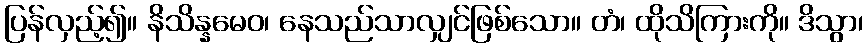
ပြန်လှည့်၍။ နိသိန္နမေဝ၊ နေသည်သာလျှင်ဖြစ်သော။ တံ၊ ထိုသိကြားကို။ ဒိသွာ၊